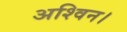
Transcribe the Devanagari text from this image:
अश्विन।